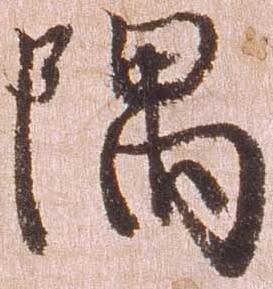
隈